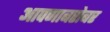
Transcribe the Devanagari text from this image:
आपणाबरोबर